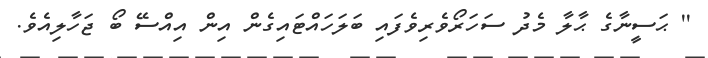
'' ޙަސީނާގެ ޙާލާ މެދު ސަހަރޯވެރިވެފައި ބަލަހައްޓައިގެން އިން އިއްސޭ ބޯ ޖަހާލިއެވެ.